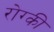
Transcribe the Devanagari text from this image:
रोग्की